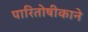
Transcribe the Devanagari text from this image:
पारितोषीकाने